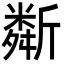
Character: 斴